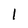
Character: 1